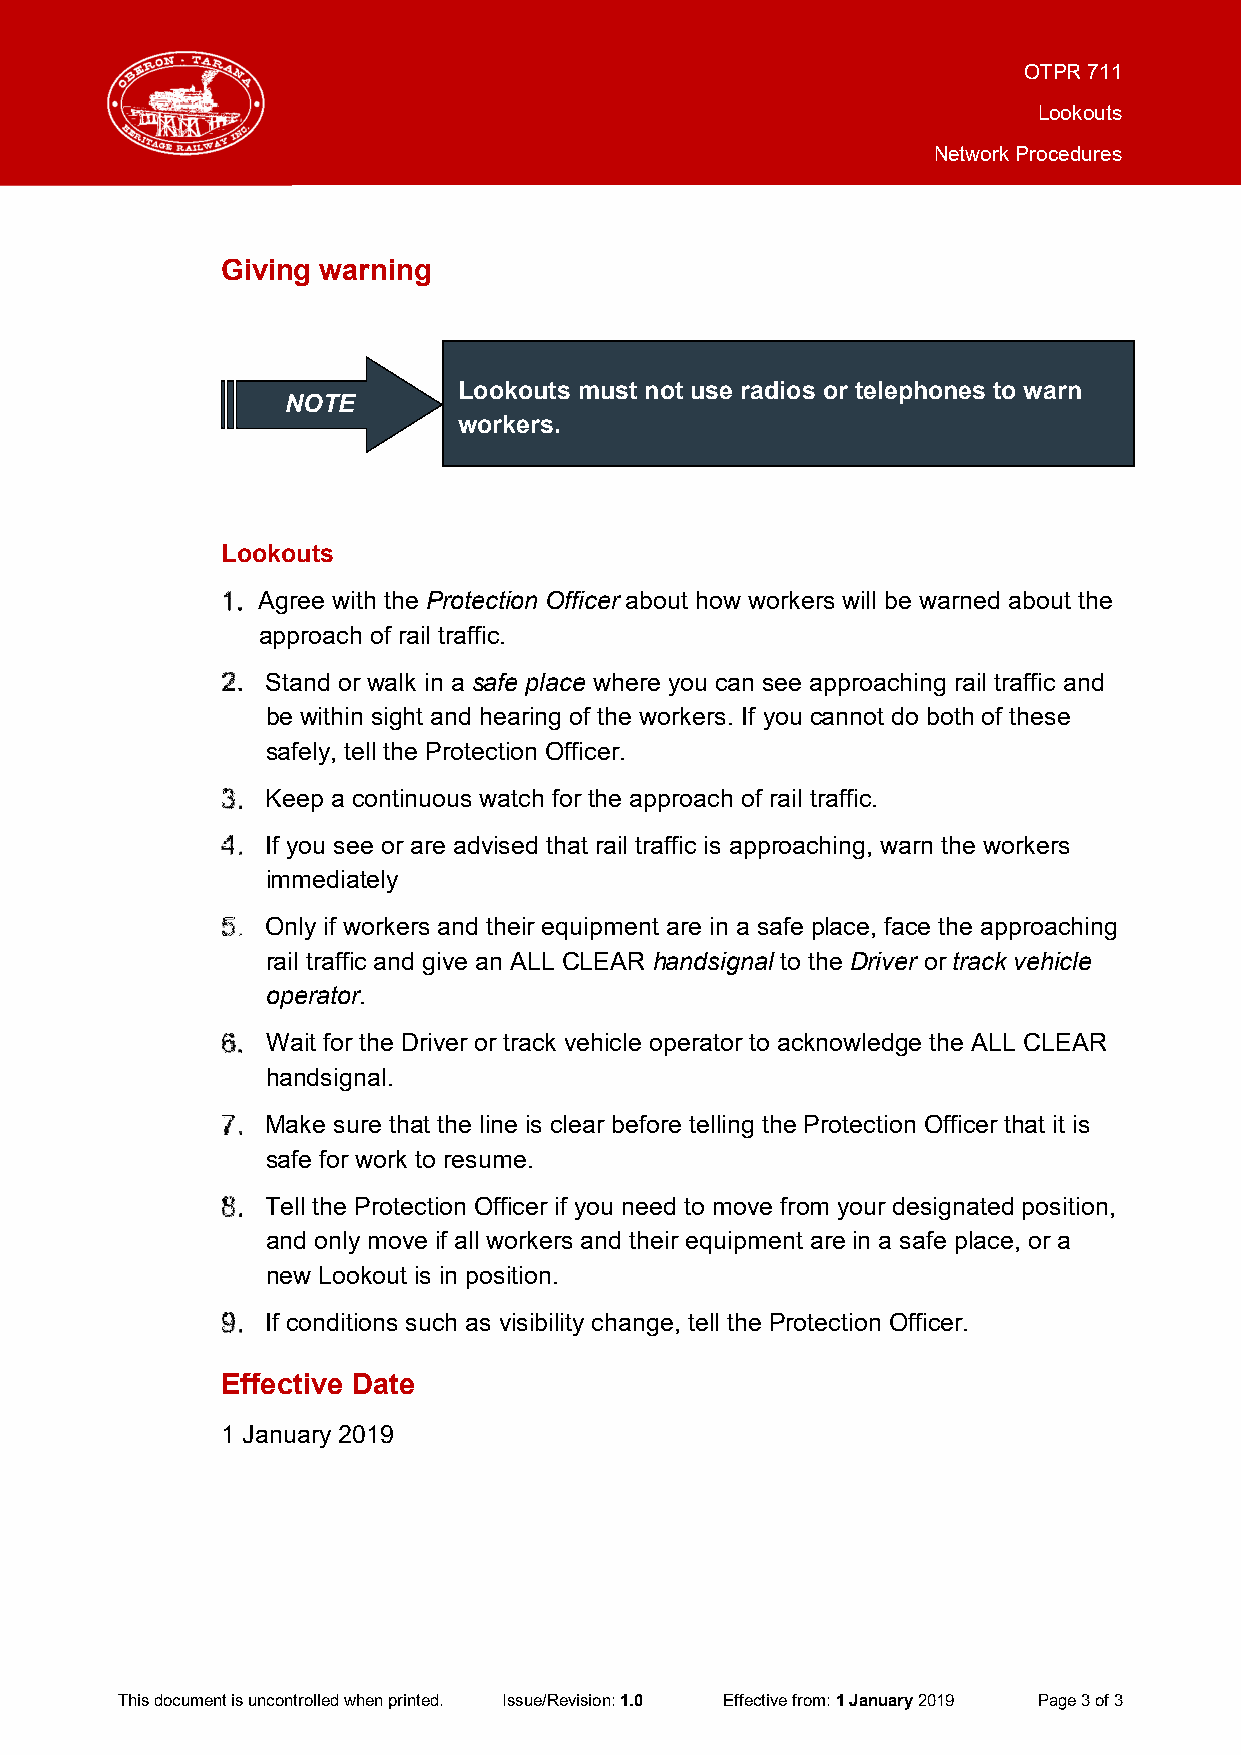
OTPR 711
 Lookouts
 Network Procedures
 Giving warning
 Lookouts must not use radios or telephones to warn
 NOTE
 workers.
 Lookouts
 Agree with the Protection Officer about how workers will be warned about the
 approach of rail traffic.
 Stand or walk in a safe place where you can see approaching rail traffic and
 be within sight and hearing of the workers. If you cannot do both of these
 safely, tell the Protection Officer.
 Keep a continuous watch for the approach of rail traffic.
 If you see or are advised that rail traffic is approaching, warn the workers
 immediately
 Only if workers and their equipment are in a safe place, face the approaching
 rail traffic and give an ALL CLEAR handsignal to the Driver or track vehicle
 operator.
 Wait for the Driver or track vehicle operator to acknowledge the ALL CLEAR
 handsignal.
 Make sure that the line is clear before telling the Protection Officer that it is
 safe for work to resume.
 Tell the Protection Officer if you need to move from your designated position,
 and only move if all workers and their equipment are in a safe place, or a
 new Lookout is in position.
 If conditions such as visibility change, tell the Protection Officer.
 Effective Date
 1 January 2019
 This document is uncontrolled when printed. Issue/Revision: 1.0 Effective from: 1 January 2019 Page 3 of 3